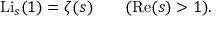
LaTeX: \operatorname { L i } _ { s } ( 1 ) = \zeta ( s ) \qquad ( \operatorname { R e } ( s ) > 1 ) .